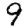
Digit: 9